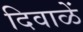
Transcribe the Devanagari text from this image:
दिवाळें